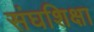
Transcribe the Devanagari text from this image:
संघशिक्षा